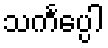
သင်္ကပ္ပေါ